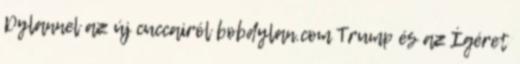
Dylannel az új cuccairól bobdylan.com Trump és az Ígéret